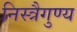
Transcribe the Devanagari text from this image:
निस्त्रैगुण्य